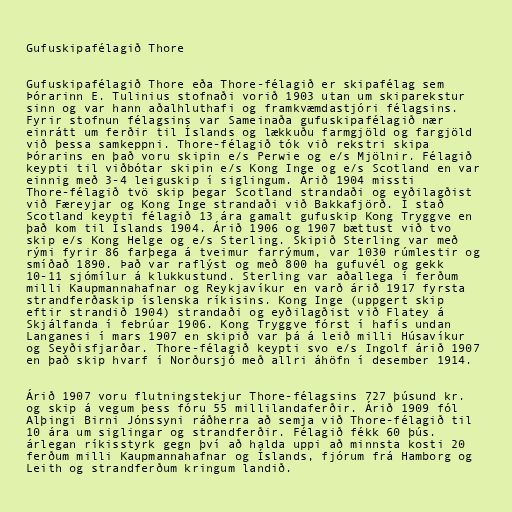
Gufuskipafélagið Thore

Gufuskipafélagið Thore eða Thore-félagið er skipafélag sem
Þórarinn E. Tulinius stofnaði vorið 1903 utan um skiparekstur
sinn og var hann aðalhluthafi og framkvæmdastjóri félagsins.
Fyrir stofnun félagsins var Sameinaða gufuskipafélagið nær
einrátt um ferðir til Íslands og lækkuðu farmgjöld og fargjöld
við þessa samkeppni. Thore-félagið tók við rekstri skipa
Þórarins en það voru skipin e/s Perwie og e/s Mjölnir. Félagið
keypti til viðbótar skipin e/s Kong Inge og e/s Scotland en var
einnig með 3-4 leiguskip í siglingum. Árið 1904 missti
Thore-félagið tvö skip þegar Scotland strandaði og eyðilagðist
við Færeyjar og Kong Inge strandaði við Bakkafjörð. Í stað
Scotland keypti félagið 13 ára gamalt gufuskip Kong Tryggve en
það kom til Íslands 1904. Árið 1906 og 1907 bættust við tvo
skip e/s Kong Helge og e/s Sterling. Skipið Sterling var með
rými fyrir 86 farþega á tveimur farrýmum, var 1030 rúmlestir og
smíðað 1890. Það var raflýst og með 800 ha gufuvél og gekk
10-11 sjómílur á klukkustund. Sterling var aðallega í ferðum
milli Kaupmannahafnar og Reykjavíkur en varð árið 1917 fyrsta
strandferðaskip íslenska ríkisins. Kong Inge (uppgert skip
eftir strandið 1904) strandaði og eyðilagðist við Flatey á
Skjálfanda í febrúar 1906. Kong Tryggve fórst í hafís undan
Langanesi í mars 1907 en skipið var þá á leið milli Húsavíkur
og Seyðisfjarðar. Thore-félagið keypti svo e/s Ingolf árið 1907
en það skip hvarf í Norðursjó með allri áhöfn í desember 1914.

Árið 1907 voru flutningstekjur Thore-félagsins 727 þúsund kr.
og skip á vegum þess fóru 55 millilandaferðir. Árið 1909 fól
Alþingi Birni Jónssyni ráðherra að semja við Thore-félagið til
10 ára um siglingar og strandferðir. Félagið fékk 60 þús.
árlegan ríkisstyrk gegn því að halda uppi að minnsta kosti 20
ferðum milli Kaupmannahafnar og Íslands, fjórum frá Hamborg og
Leith og strandferðum kringum landið.